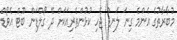
މުބާރާތުގެ އެންމެ ގިނަ ލަނޑު ޖެހި ކުޅުންތެރިއަކަށް ދޭ ގޯލްޑަން ބޫޓް އެވޯޑް